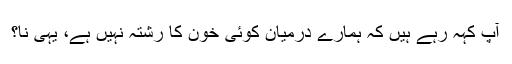
آپ کہہ رہے ہیں کہ ہمارے درمیان کوئی خون کا رشتہ نہیں ہے، یہی نا؟